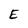
Character: E